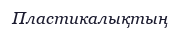
Пластикалықтың